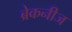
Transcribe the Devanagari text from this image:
ब्रेकनीज